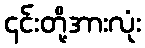
၎င်းတို့အားလုံး